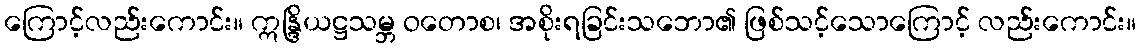
ကြောင့်လည်းကောင်း။ ဣန္ဒြိယဋ္ဌသမ္ဘ ဝတောစ၊ အစိုးရခြင်းသဘော၏ ဖြစ်သင့်သောကြောင့် လည်းကောင်း။